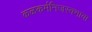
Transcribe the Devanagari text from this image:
कळकर्मनिजस्वभावा